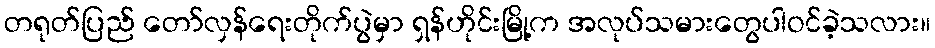
တရုတ်ပြည် တော်လှန်ရေးတိုက်ပွဲမှာ ရှန်ဟိုင်းမြို့က အလုပ်သမားတွေပါဝင်ခဲ့သလား။